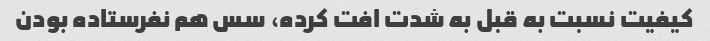
کیفیت نسبت به قبل به شدت افت کرده، سس هم نفرستاده بودن